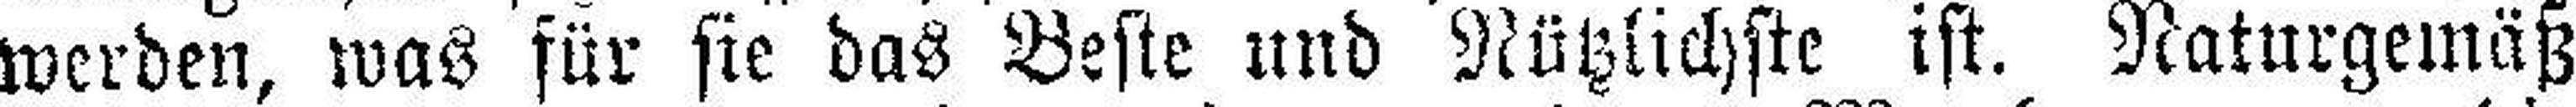
werden, was für sie das Beste und Nützlichste ist. Naturgemäß